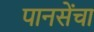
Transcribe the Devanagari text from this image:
पानसेंचा